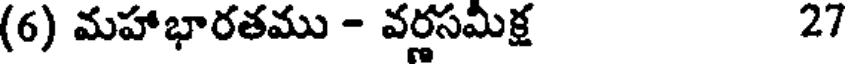
(6) మహాభారతము - వర్ణసమిక్ష 27